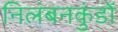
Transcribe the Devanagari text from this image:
निलंबनकुंडों